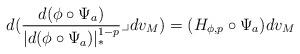
LaTeX: \begin{align*}d(\frac{d(\phi \circ \Psi _{a})}{|d(\phi \circ \Psi _{a})|_{\ast }^{1-p}}\lrcorner dv_{M})=(H_{\phi ,p}\circ \Psi _{a})dv_{M} \end{align*}